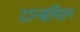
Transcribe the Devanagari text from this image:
टान्समिशन